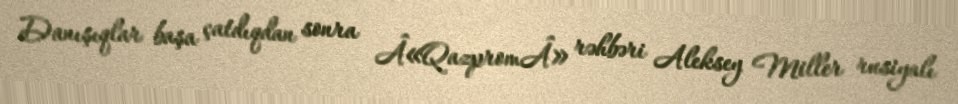
Danışıqlar başa çatdıqdan sonra Â«QazpromÂ» rəhbəri Aleksey Miller rusiyalı